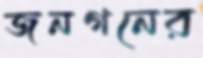
জনগনের